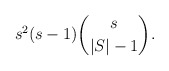
\begin{align*} s^2(s-1)\binom{s}{|S|-1}. \end{align*}